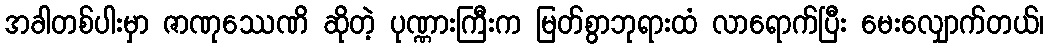
အခါတစ်ပါးမှာ ဇာဏုဿေဏိ ဆိုတဲ့ ပုဏ္ဏားကြီးက မြတ်စွာဘုရားထံ လာရောက်ပြီး မေးလျှောက်တယ်၊